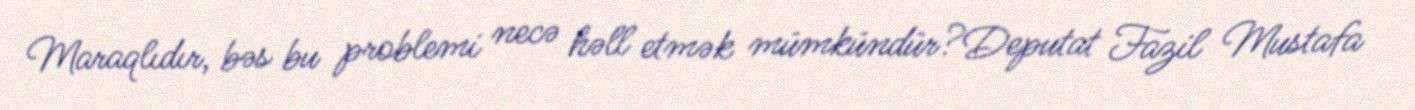
Maraqlıdır, bəs bu problemi necə həll etmək mümkündür?Deputat Fazil Mustafa